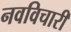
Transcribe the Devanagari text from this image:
नवविचारी